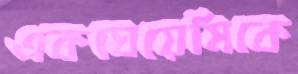
একঘেয়েমিকে